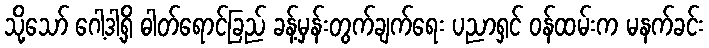
သို့သော် ဂေါ့ဒါ့ရှိ ဓါတ်ရောင်ခြည် ခန့်မှန်းတွက်ချက်ရေး ပညာရှင် ဝန်ထမ်းက မနက်ခင်း